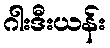
ဂါးဒီးယန်း